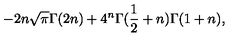
- 2 n { \sqrt { \pi } } { \Gamma } ( 2 n ) + { 4 ^ { n } } { \Gamma } ( { \frac { 1 } { 2 } } + n ) { \Gamma } ( 1 + n ) ,